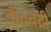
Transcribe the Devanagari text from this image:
डॉ०बद्री